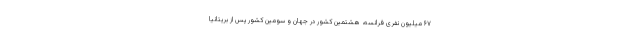
۶۷ میلیون نفری فرانسه، هشتمین کشور در جهان و سومین کشور پس از بریتانیا